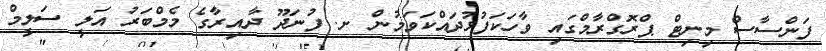
ފަންސާސް މިނިޓް ޕްރޮގްރާމްގައި ވާހަކަފުޅުދައްކަވަމުން ށ. ފުނަދޫ ދާއިރާގެ މެމްބަރު އަލީ ސަލީމް